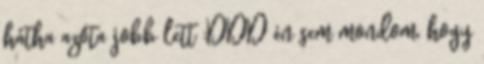
hátha azóta jobb lett :DDD én sem mondom, hogy